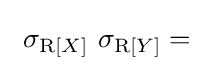
\ \sigma _{\operatorname {R} [X]}\ \sigma _{\operatorname {R} [Y]}=